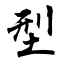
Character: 型